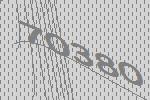
70380